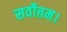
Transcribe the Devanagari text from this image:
सर्वोत्तम।